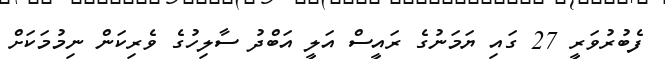
ފެބުރުވަރީ 27 ގައި ޔަމަނުގެ ރައީސް އަލީ އަބްދު ސާލިހުގެ ވެރިކަން ނިމުމަކަށް